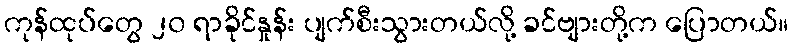
ကုန်ထုပ်တွေ ၂၀ ရာခိုင်နှုန်း ပျက်စီးသွားတယ်လို့ ခင်ဗျားတို့က ပြောတယ်။